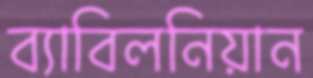
ব্যাবিলনিয়ান